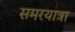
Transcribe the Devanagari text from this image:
समरयात्रा